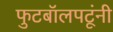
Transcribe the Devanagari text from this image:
फुटबॉलपटूंनी